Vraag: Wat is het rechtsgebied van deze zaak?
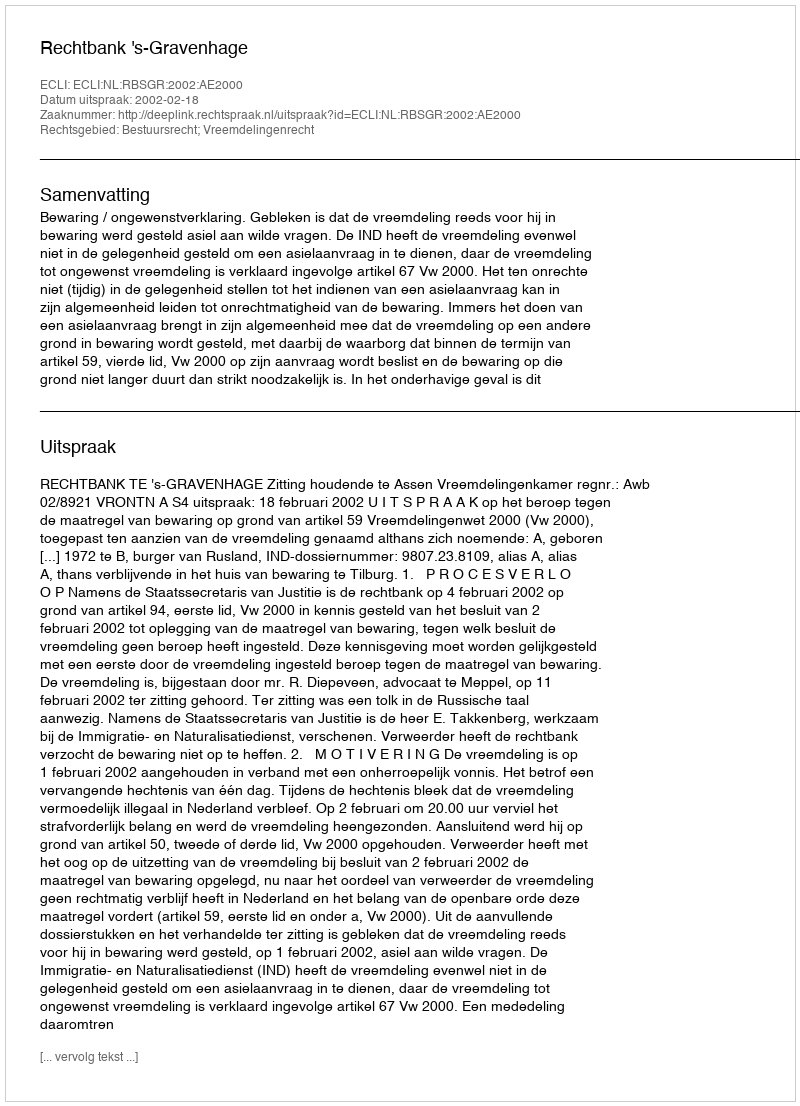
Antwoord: Bestuursrecht; Vreemdelingenrecht